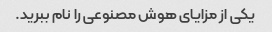
یکی از مزایای هوش مصنوعی را نام ببرید.